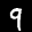
Label: 9